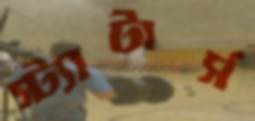
স্ট্যাটার্স